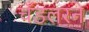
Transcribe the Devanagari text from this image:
चँडलरने